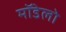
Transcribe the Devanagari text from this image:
मॉडेलो